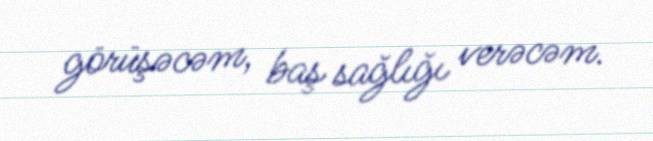
görüşəcəm, baş sağlığı verəcəm.